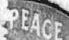
PEACE